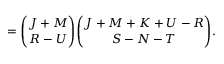
= { \binom { J + M } { R - U } } { \binom { J + M + K + U - R } { S - N - T } } .